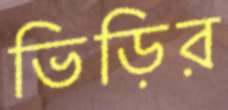
ভিড়ির